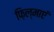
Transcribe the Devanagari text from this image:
फ़िल्माएं